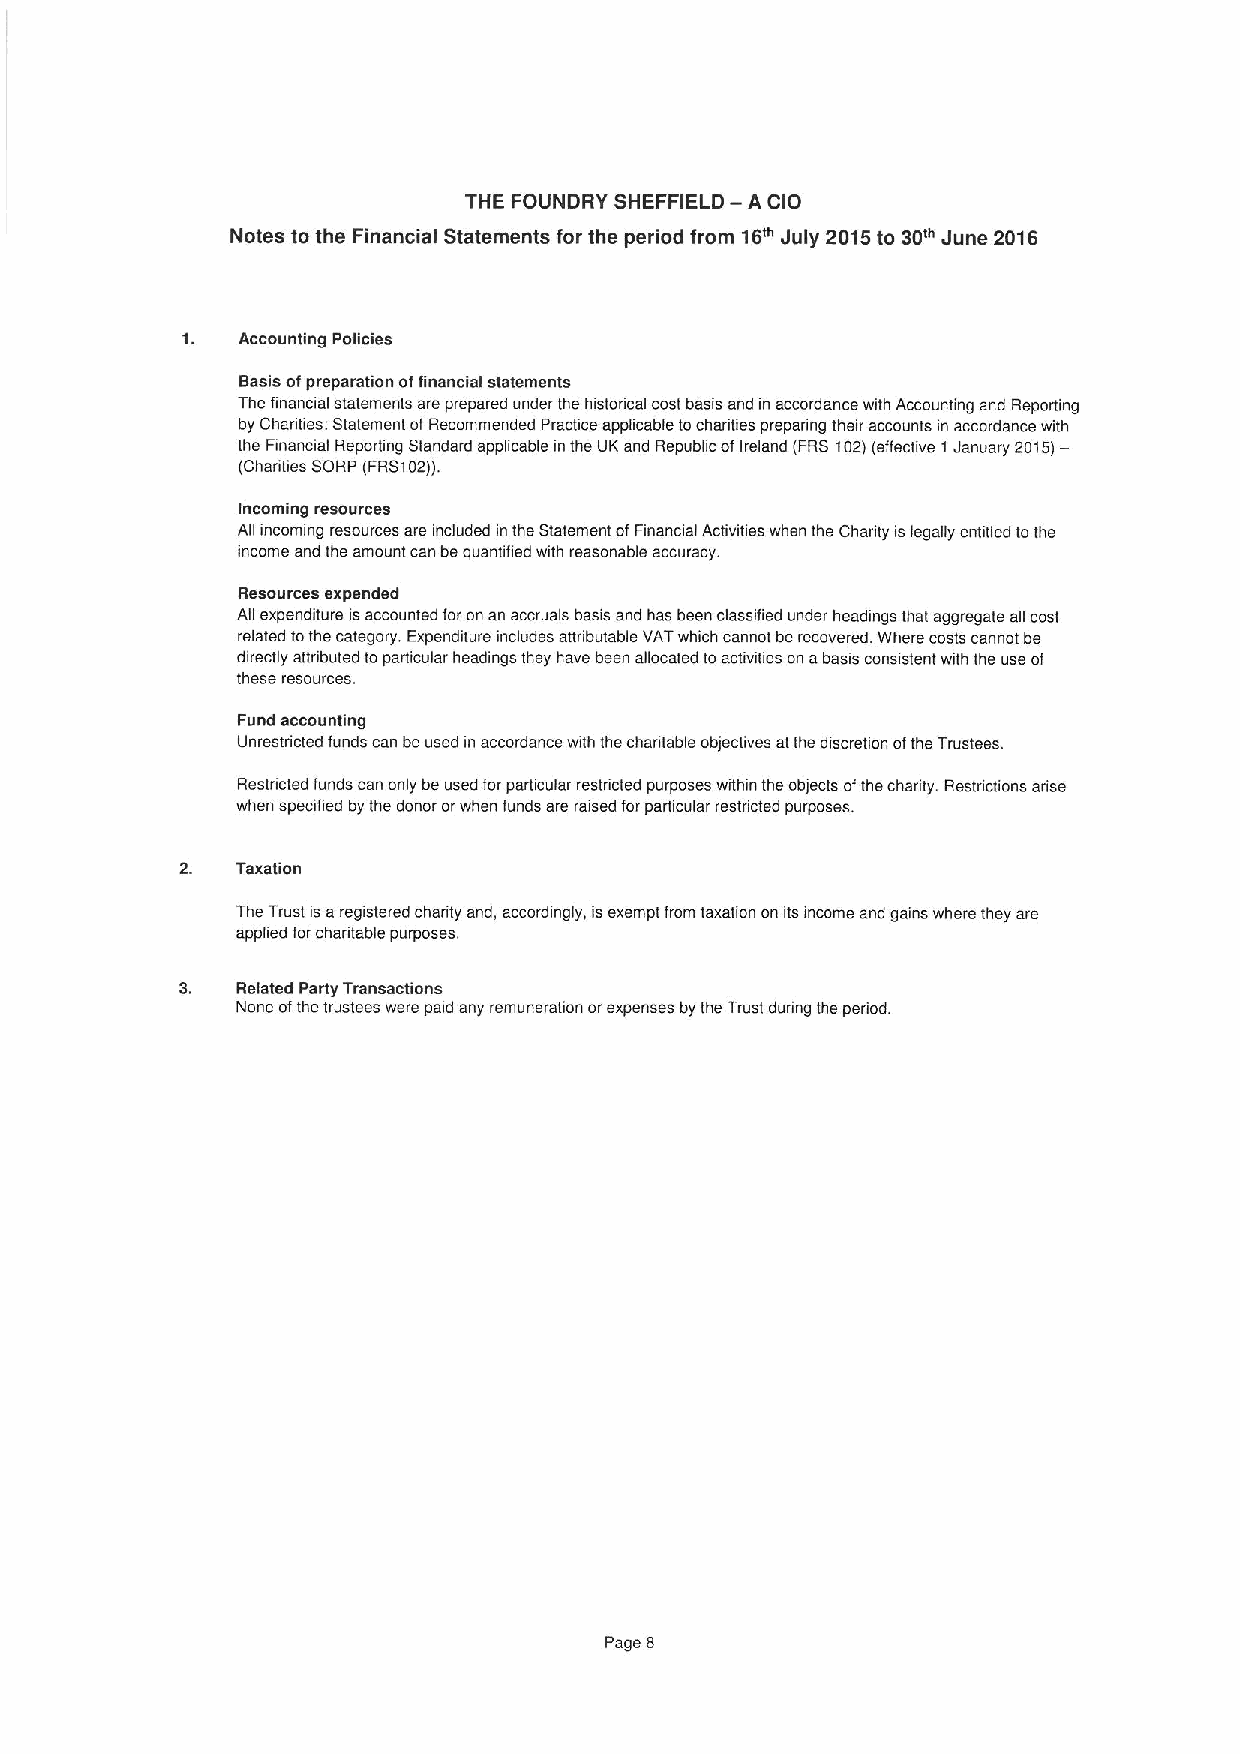
—
 THE FOUNDRY SHEFFIELD A CIO
 Notes to the Financial Statements for the period from 16'" July 2015to 30m June 2016
 Accounting Policies
 Basis ofpreparation offinancial statements
 The financial statements are prepared under the histoncal cost basis and in accordance with Accounting and Reporting
 by chanties: statement of Recommended practice appscable tochanties prepanng their accounts in accordance with
 the Financial Reporting Standard applicable in the UK and Republic ofIreland (FRS 102)(effective t January 2015)—
 (Chadities SCRP (FRSt02)).
 Incoming resources
 All incoming resources are included in the Statement ofFinanoal Activities when the Chanty is legally entitled tothe
 income and the amount can be quantified with reasonable accuracy.
 Resources expended
 Ag expenditure is accounted for on an accruals basis and has been classified under headings that aggregate ag cost
 related tothe category. Expenditure includes attnbutable VATwhich cannot be recovered Where costs cannot be
 directly attributed toparticular headings they have been allocated to activities on abasis consistent with the use of
 these resources.
 Fund accounting
 Unrestricted funds can be used in accordance with the chantable objectives atthe discretion ofthe Trustees.
 Restncted funds can only be used for particular restricted purposes within the objects ofthe charity. Restnctions arise
 when specified by the donor orwhen funds are raised for particular restricted purposes.
 Taxation
 The Trust is aregistered charity and, accordingly, is exempt from taxation on its income and gains where they are
 apphed for chantable purposes.
 Related Party Transactions
 None ofthe trustees were paid any remuneration orexpenses by the Trust during the penod.
 Page 8